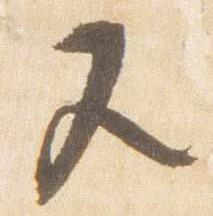
又